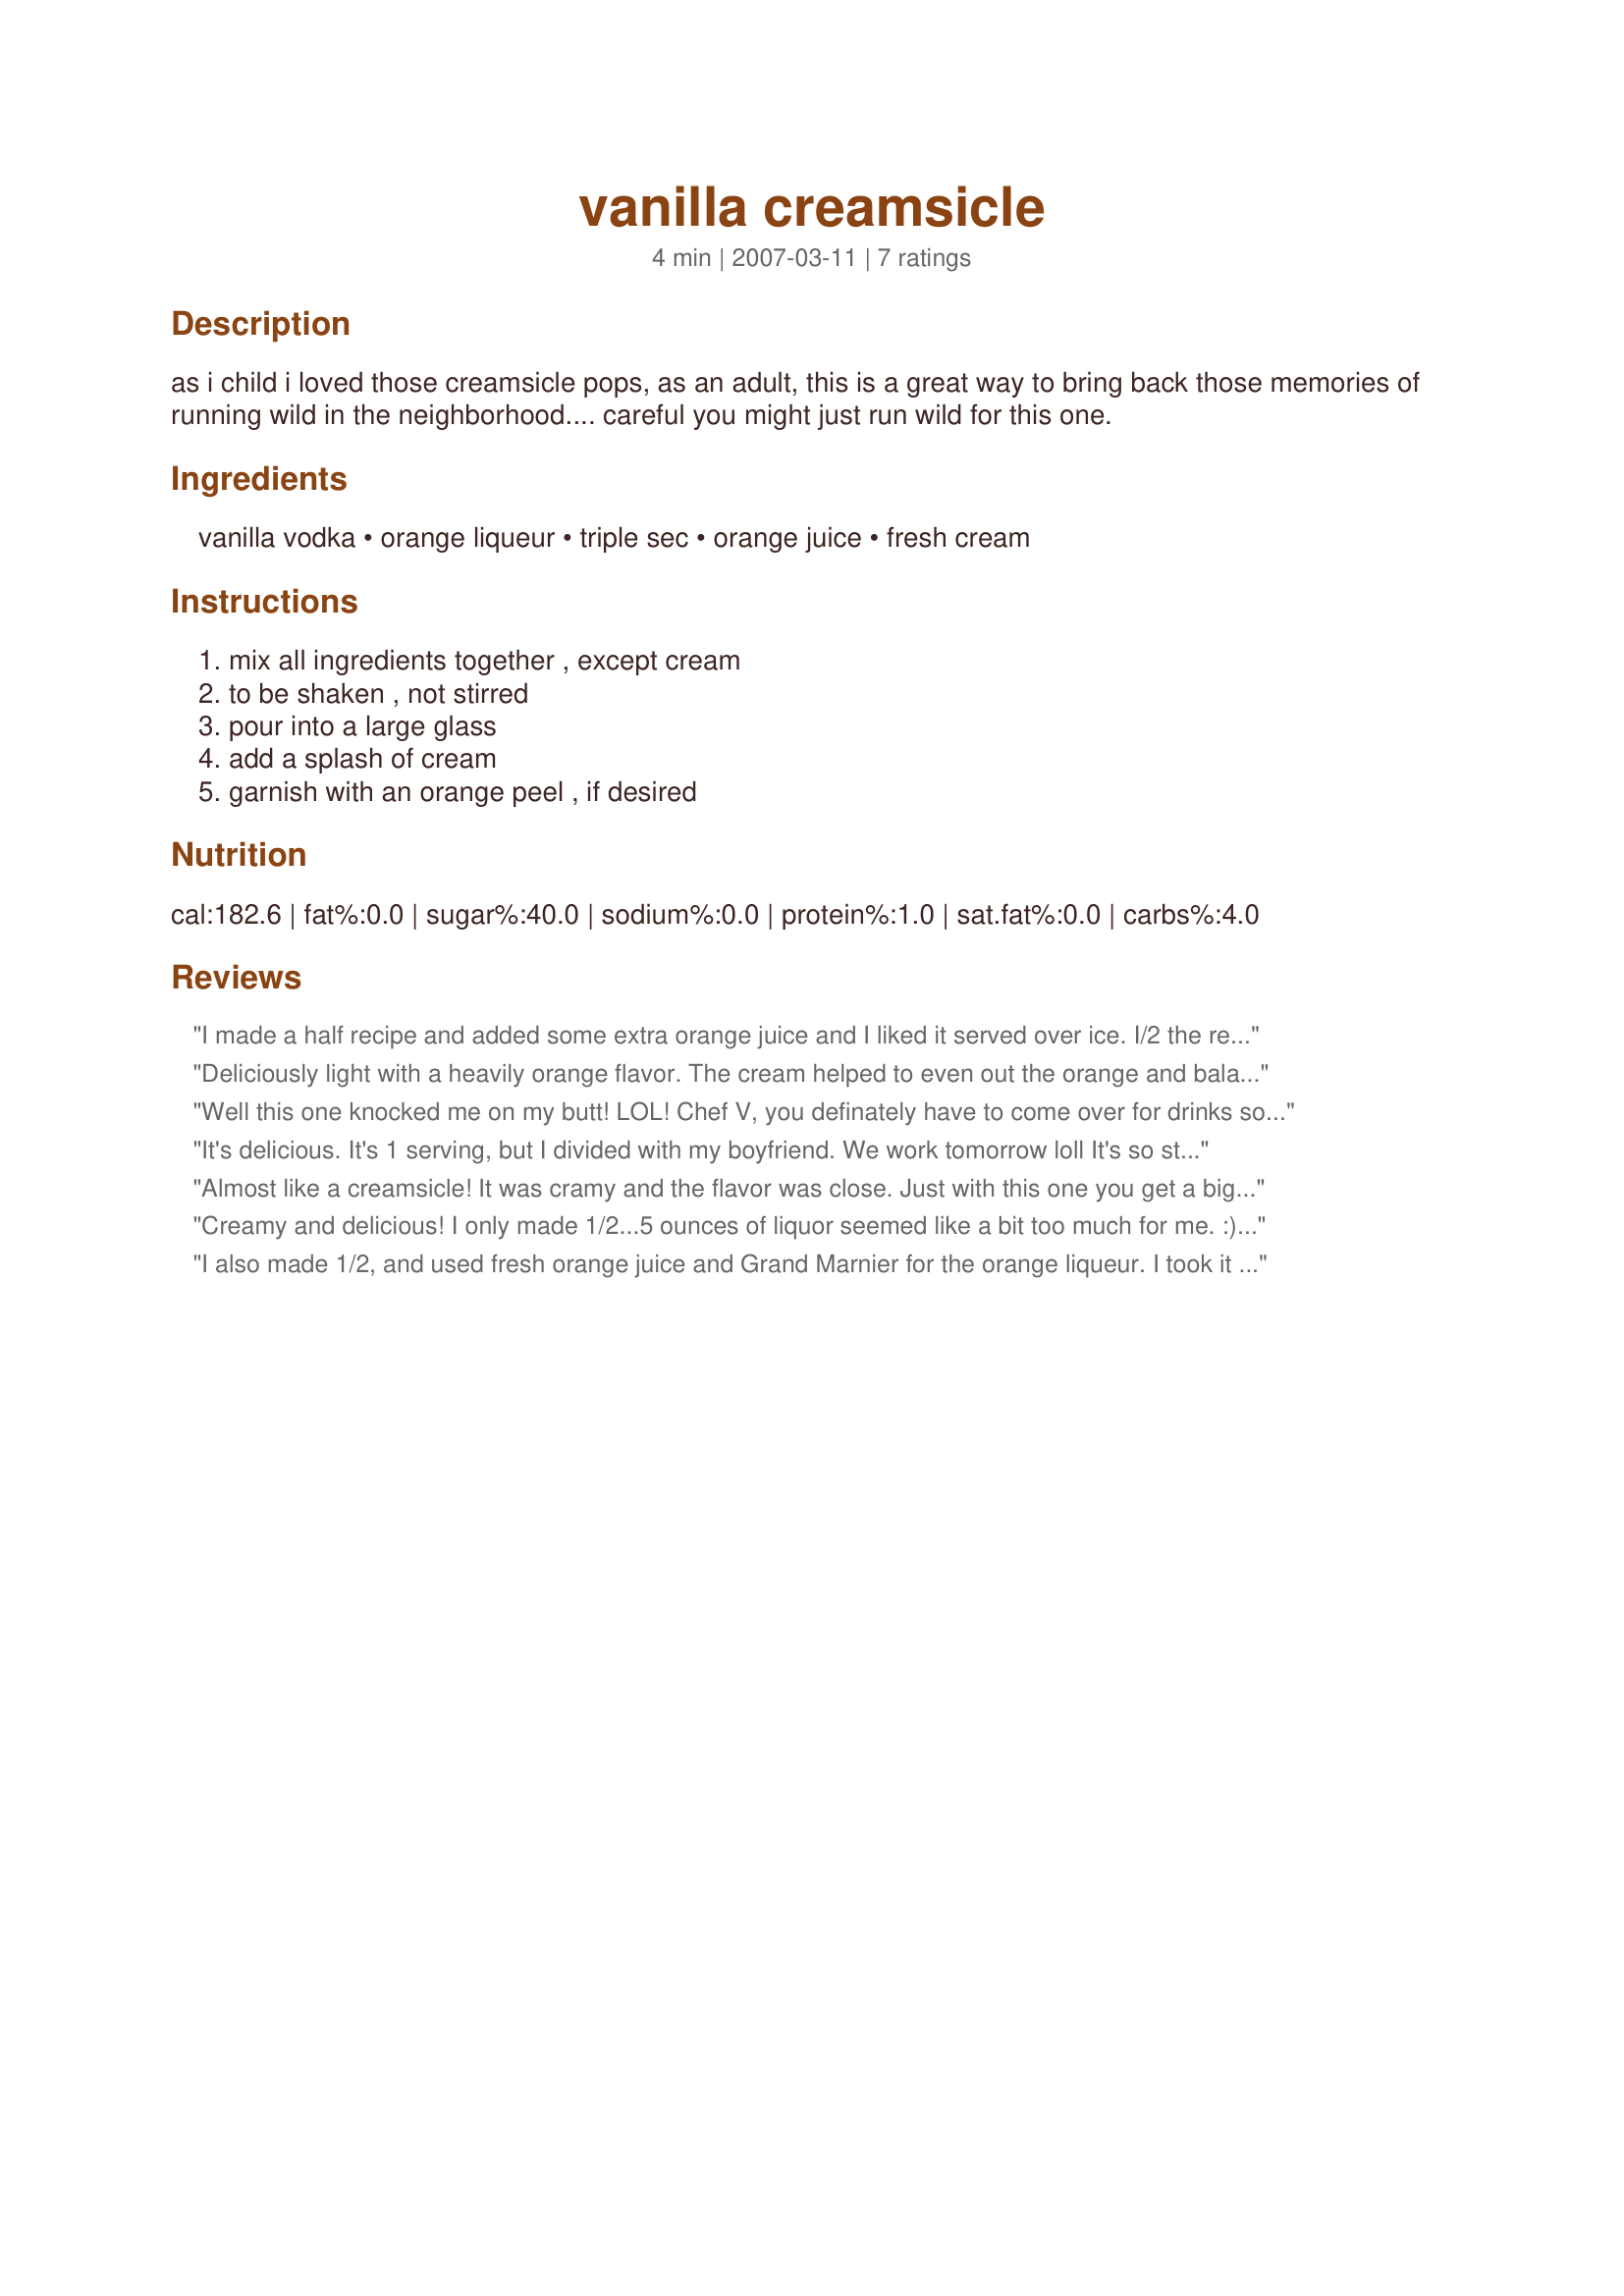
vanilla creamsicle
Preparation time: 4 minutes

as i child i loved those creamsicle pops, as an adult, this is a great way to bring back those memories of running wild in the neighborhood.... careful you might just run wild for this one.

Ingredients:
vanilla vodka, orange liqueur, triple sec, orange juice, fresh cream

Steps:
mix all ingredients together , except cream, to be shaken , not stirred, pour into a large glass, add a splash of cream, garnish with an orange peel , if desired

Reviews:
I made a half recipe and added some extra orange juice and I liked it served over ice. I/2 the recipe left me pretty happy, but it tasted so good, I wanted more!
Deliciously light with a heavily orange flavor. The cream helped to even out the orange and balance the drink. I served this over ice for a delicious end to my meal. Thanks again for another great recipe, Chef Vseward!
Well this one knocked me on my butt! LOL! Chef V, you definately have to come over for drinks sometime, I just love your recipes! I didn't have any cream so substituted a little milk. I almost liked it better without the milk. Packs a whallop!
It's delicious. It's 1 serving, but I divided with my boyfriend. We work tomorrow loll It's so strong. Next time I receive friends, I'm going to make this drink for us. It's going to be a success. Since I don't have vanilla vodka, I used 2 ounces of vodka, 1 ounce of Galliano (vanilla liqueur), 1 ounce of Grand Marnier, 1 ounce of Triple Sec. I added 1/2 ounce of 35 % cream to mine. Delicious. And the effect is wonderful. My boyfriend took it without cream.
Almost like a creamsicle! It was cramy and the flavor was close. Just with this one you get a big buzzzzz! 5 ounces of booze! I did shake it with lots of ice and poured it over ice as well.
Creamy and delicious! I only made 1/2...5 ounces of liquor seemed like a bit too much for me. :) This would taste even better with fresh OJ; I used juice from concentrate. I used cointreau for the orange liqueur. Thanks for sharing this recipe.
I also made 1/2, and used fresh orange juice and Grand Marnier for the orange liqueur. I took it over ice and it was really good. Thanks V! Made for Bevy Tag. ***Later I made a full recipe for my DH and he really liked it too!
